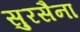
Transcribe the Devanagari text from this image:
सुरसैना